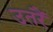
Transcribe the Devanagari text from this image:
उतरैं